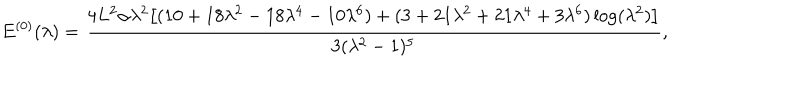
E ^ { ( 0 ) } ( \lambda ) = \frac { 4 L ^ { 2 } \alpha \lambda ^ { 2 } \bigl [ ( 1 0 + 1 8 \lambda ^ { 2 } - 1 8 \lambda ^ { 4 } - 1 0 \lambda ^ { 6 } ) + ( 3 + 2 1 \lambda ^ { 2 } + 2 1 \lambda ^ { 4 } + 3 \lambda ^ { 6 } ) \log ( \lambda ^ { 2 } ) \bigr ] } { 3 ( \lambda ^ { 2 } - 1 ) ^ { 5 } } ,